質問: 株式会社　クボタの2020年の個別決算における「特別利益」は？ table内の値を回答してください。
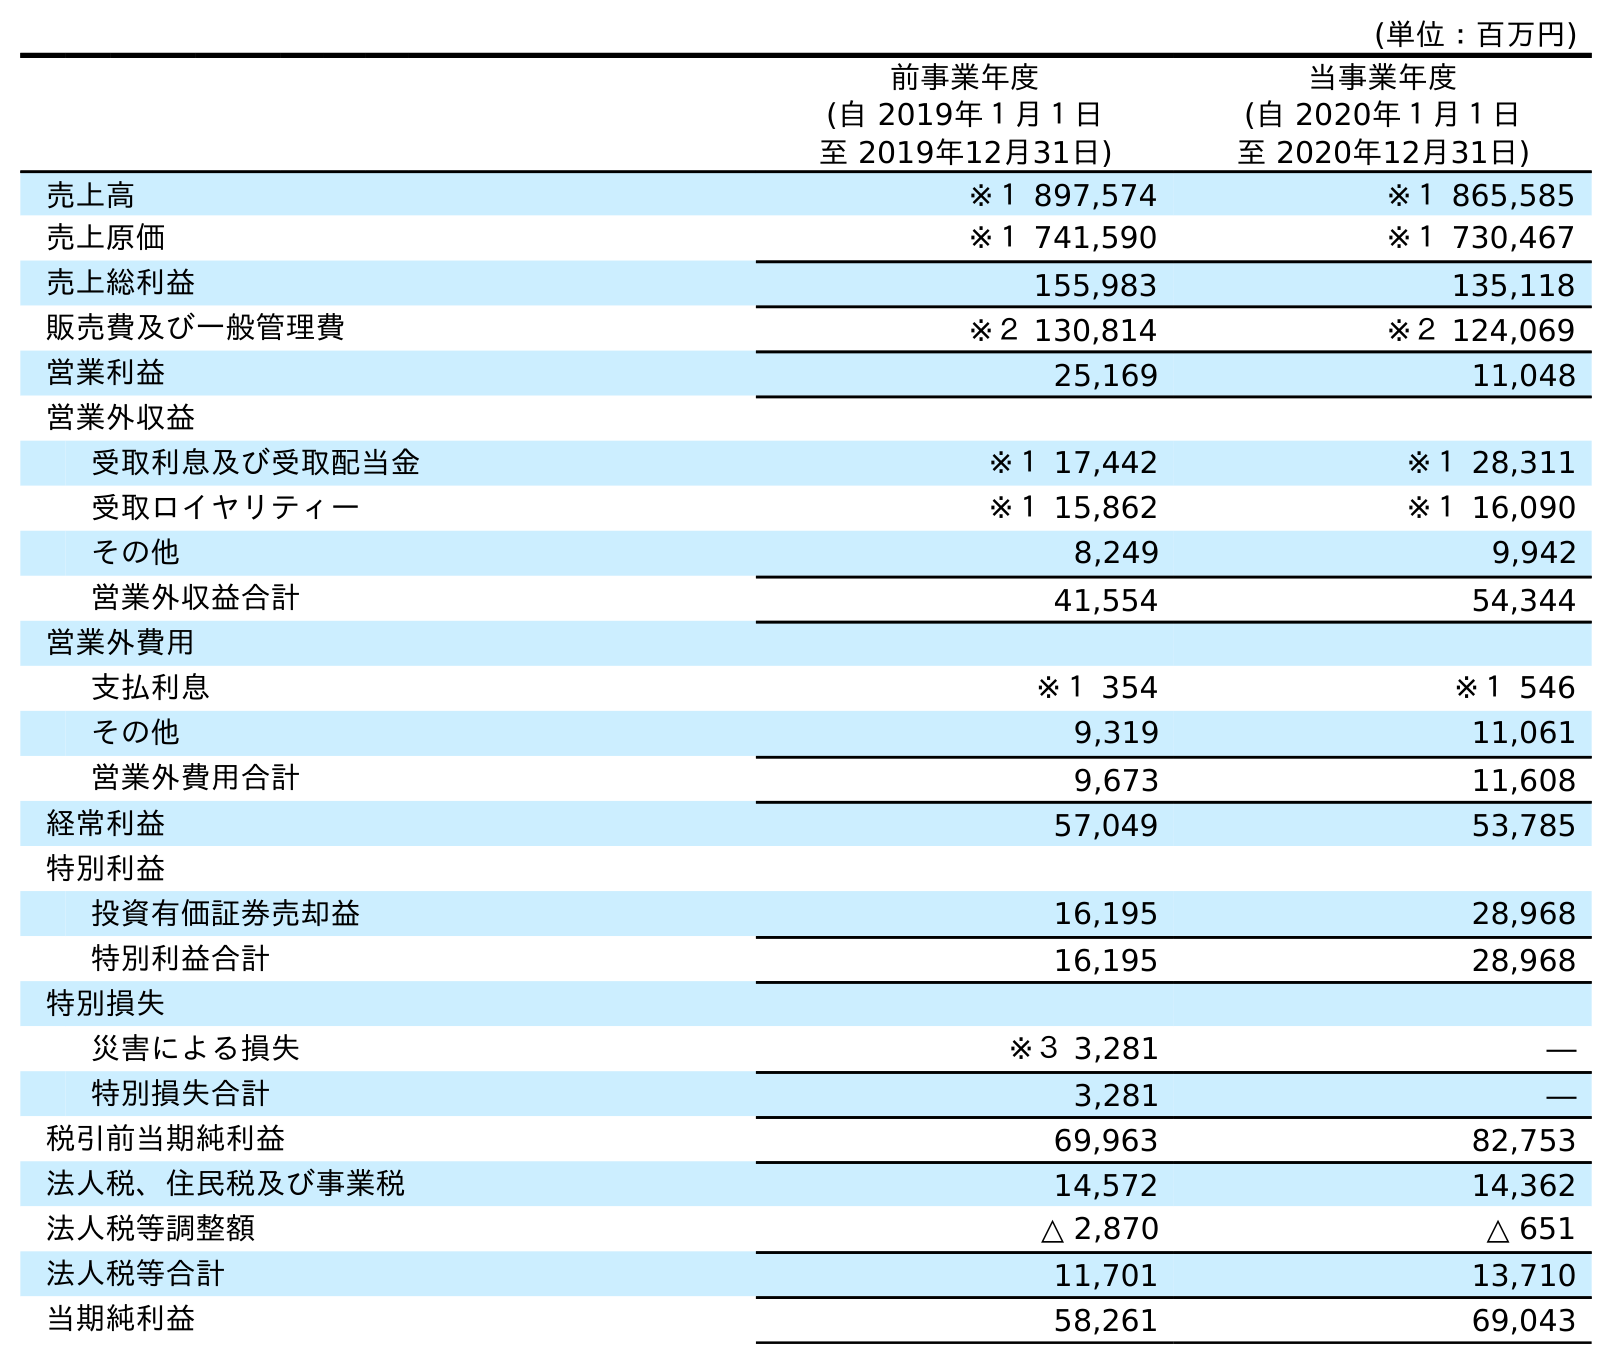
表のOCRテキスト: (単位：百万円) 前事業年度 (自 2019年１月１日 至 2019年12月31日) 当事業年度 (自 2020年１月１日 至 2020年12月31日) 売上高 ※１ 897,574 ※１ 865,585 売上原価 ※１ 741,590 ※１ 730,467 売上総利益 155,983 135,118 販売費及び一般管理費 ※２ 130,814 ※２ 124,069 営業利益 25,169 11,048 営業外収益 受取利息及び受取配当金 ※１ 17,442 ※１ 28,311 受取ロイヤリティー ※１ 15,862 ※１ 16,090 その他 8,249 9,942 営業外収益合計 41,554 54,344 営業外費用 支払利息 ※１ 354 ※１ 546 その他 9,319 11,061 営業外費用合計 9,673 11,608 経常利益 57,049 53,785 特別利益 投資有価証券売却益 16,195 28,968 特別利益合計 16,195 28,968 特別損失 災害による損失 ※３ 3,281 ― 特別損失合計 3,281 ― 税引前当期純利益 69,963 82,753 法人税、住民税及び事業税 14,572 14,362 法人税等調整額 △ 2,870 △ 651 法人税等合計 11,701 13,710 当期純利益 58,261 69,043
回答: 28,968